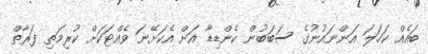
ބައެއް ކަހަލަ އަންނައުނުގެ ސަބަބުން ކެންޑިޑާ އަށް އެކަށޭނަ ވެއްޓަކަށް ކުރިމަތި ފަރާތް